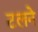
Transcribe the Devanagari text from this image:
टलने